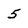
Character: 5